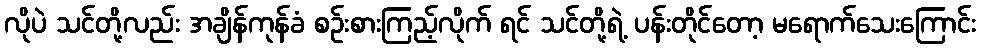
လိုပဲ သင်တို့လည်း အချိန်ကုန်ခံ စဉ်းစားကြည့်လိုက် ရင် သင်တို့ရဲ့ ပန်းတိုင်တော့ မရောက်သေးကြောင်း